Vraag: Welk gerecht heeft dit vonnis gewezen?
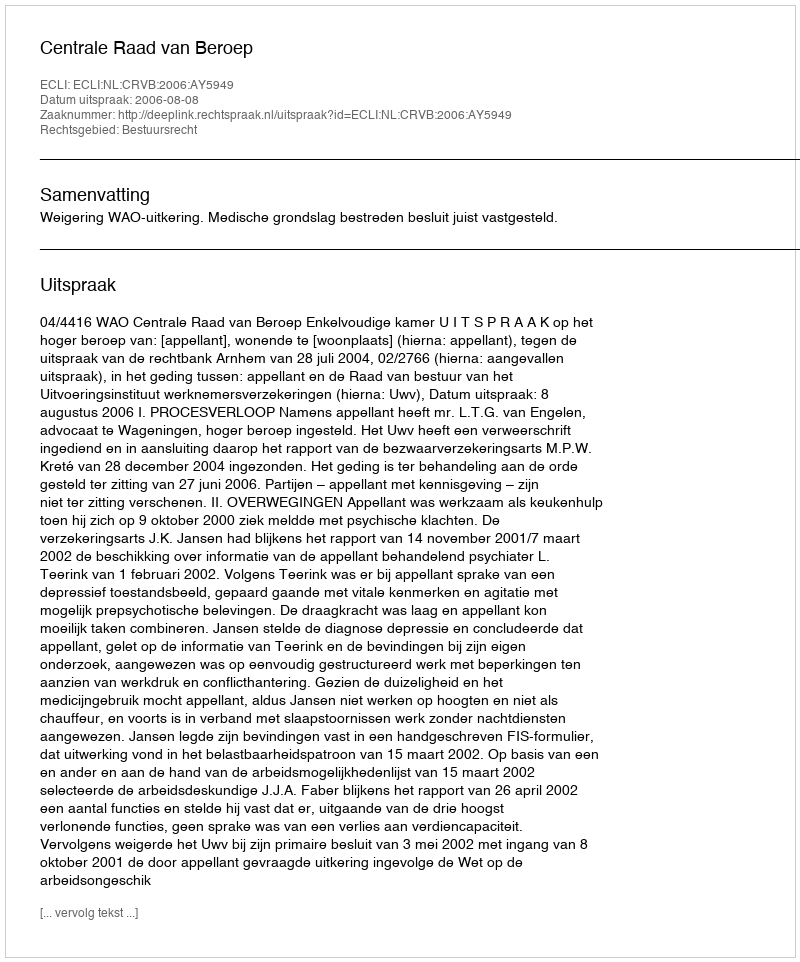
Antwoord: Centrale Raad van Beroep